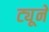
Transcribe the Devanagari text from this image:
ट्यूने